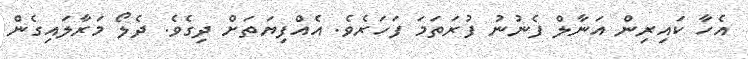
އެހާ ކައިރިން އަނާލް ފެނުނު ފުރަތަމަ ފަހަރެވެ. އެއްފިޔަތަށް ދިގެވެ. ދެލޯ މަރާލައިގެން